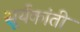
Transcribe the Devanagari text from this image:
सूर्यकांती